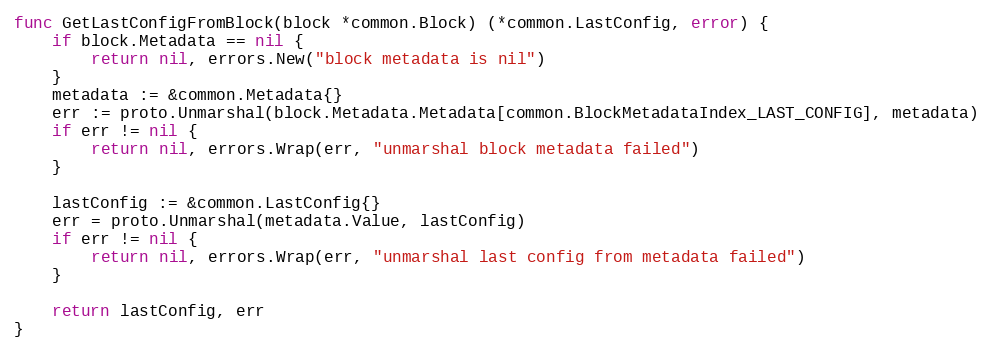
Language: Go
func GetLastConfigFromBlock(block *common.Block) (*common.LastConfig, error) {
	if block.Metadata == nil {
		return nil, errors.New("block metadata is nil")
	}
	metadata := &common.Metadata{}
	err := proto.Unmarshal(block.Metadata.Metadata[common.BlockMetadataIndex_LAST_CONFIG], metadata)
	if err != nil {
		return nil, errors.Wrap(err, "unmarshal block metadata failed")
	}

	lastConfig := &common.LastConfig{}
	err = proto.Unmarshal(metadata.Value, lastConfig)
	if err != nil {
		return nil, errors.Wrap(err, "unmarshal last config from metadata failed")
	}

	return lastConfig, err
}